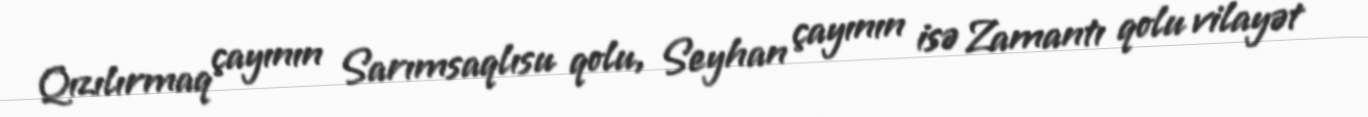
Qızılırmaq çayının Sarımsaqlısu qolu, Seyhan çayının isə Zamantı qolu vilayət